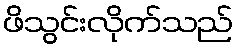
ဖိသွင်းလိုက်သည်